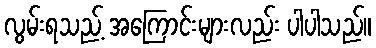
လွမ်းရသည့် အကြောင်းများလည်း ပါပါသည်။